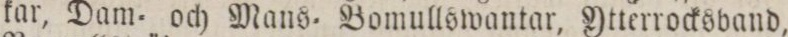
kar, Dam= och Mans= Bomullswantar, Ytterrocksband,